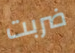
ضربت